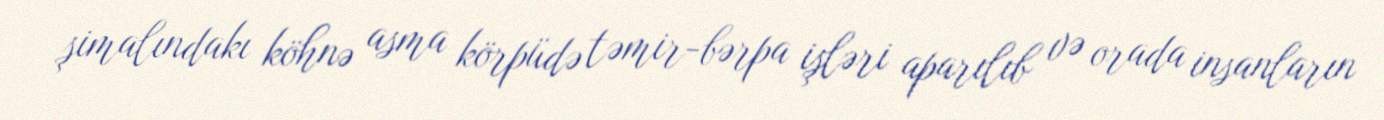
şimalındakı köhnə asma körpüdə təmir-bərpa işləri aparılıb və orada insanların